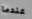
عندما